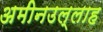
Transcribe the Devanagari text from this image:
अमीनउल्लाह